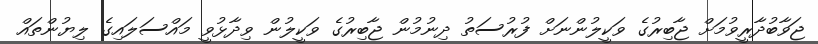
ޖަވާބުދާރީވުމަށް ޖާބިރުގެ ވަކީލުންނަށް ފުރުސަތު ދިނުމުން ޖާބިރުގެ ވަކީލުން ވިދާޅުވީ މައްސަލައިގެ ލިޔުންތައް